Juuru_vallavalitsus, lk 23
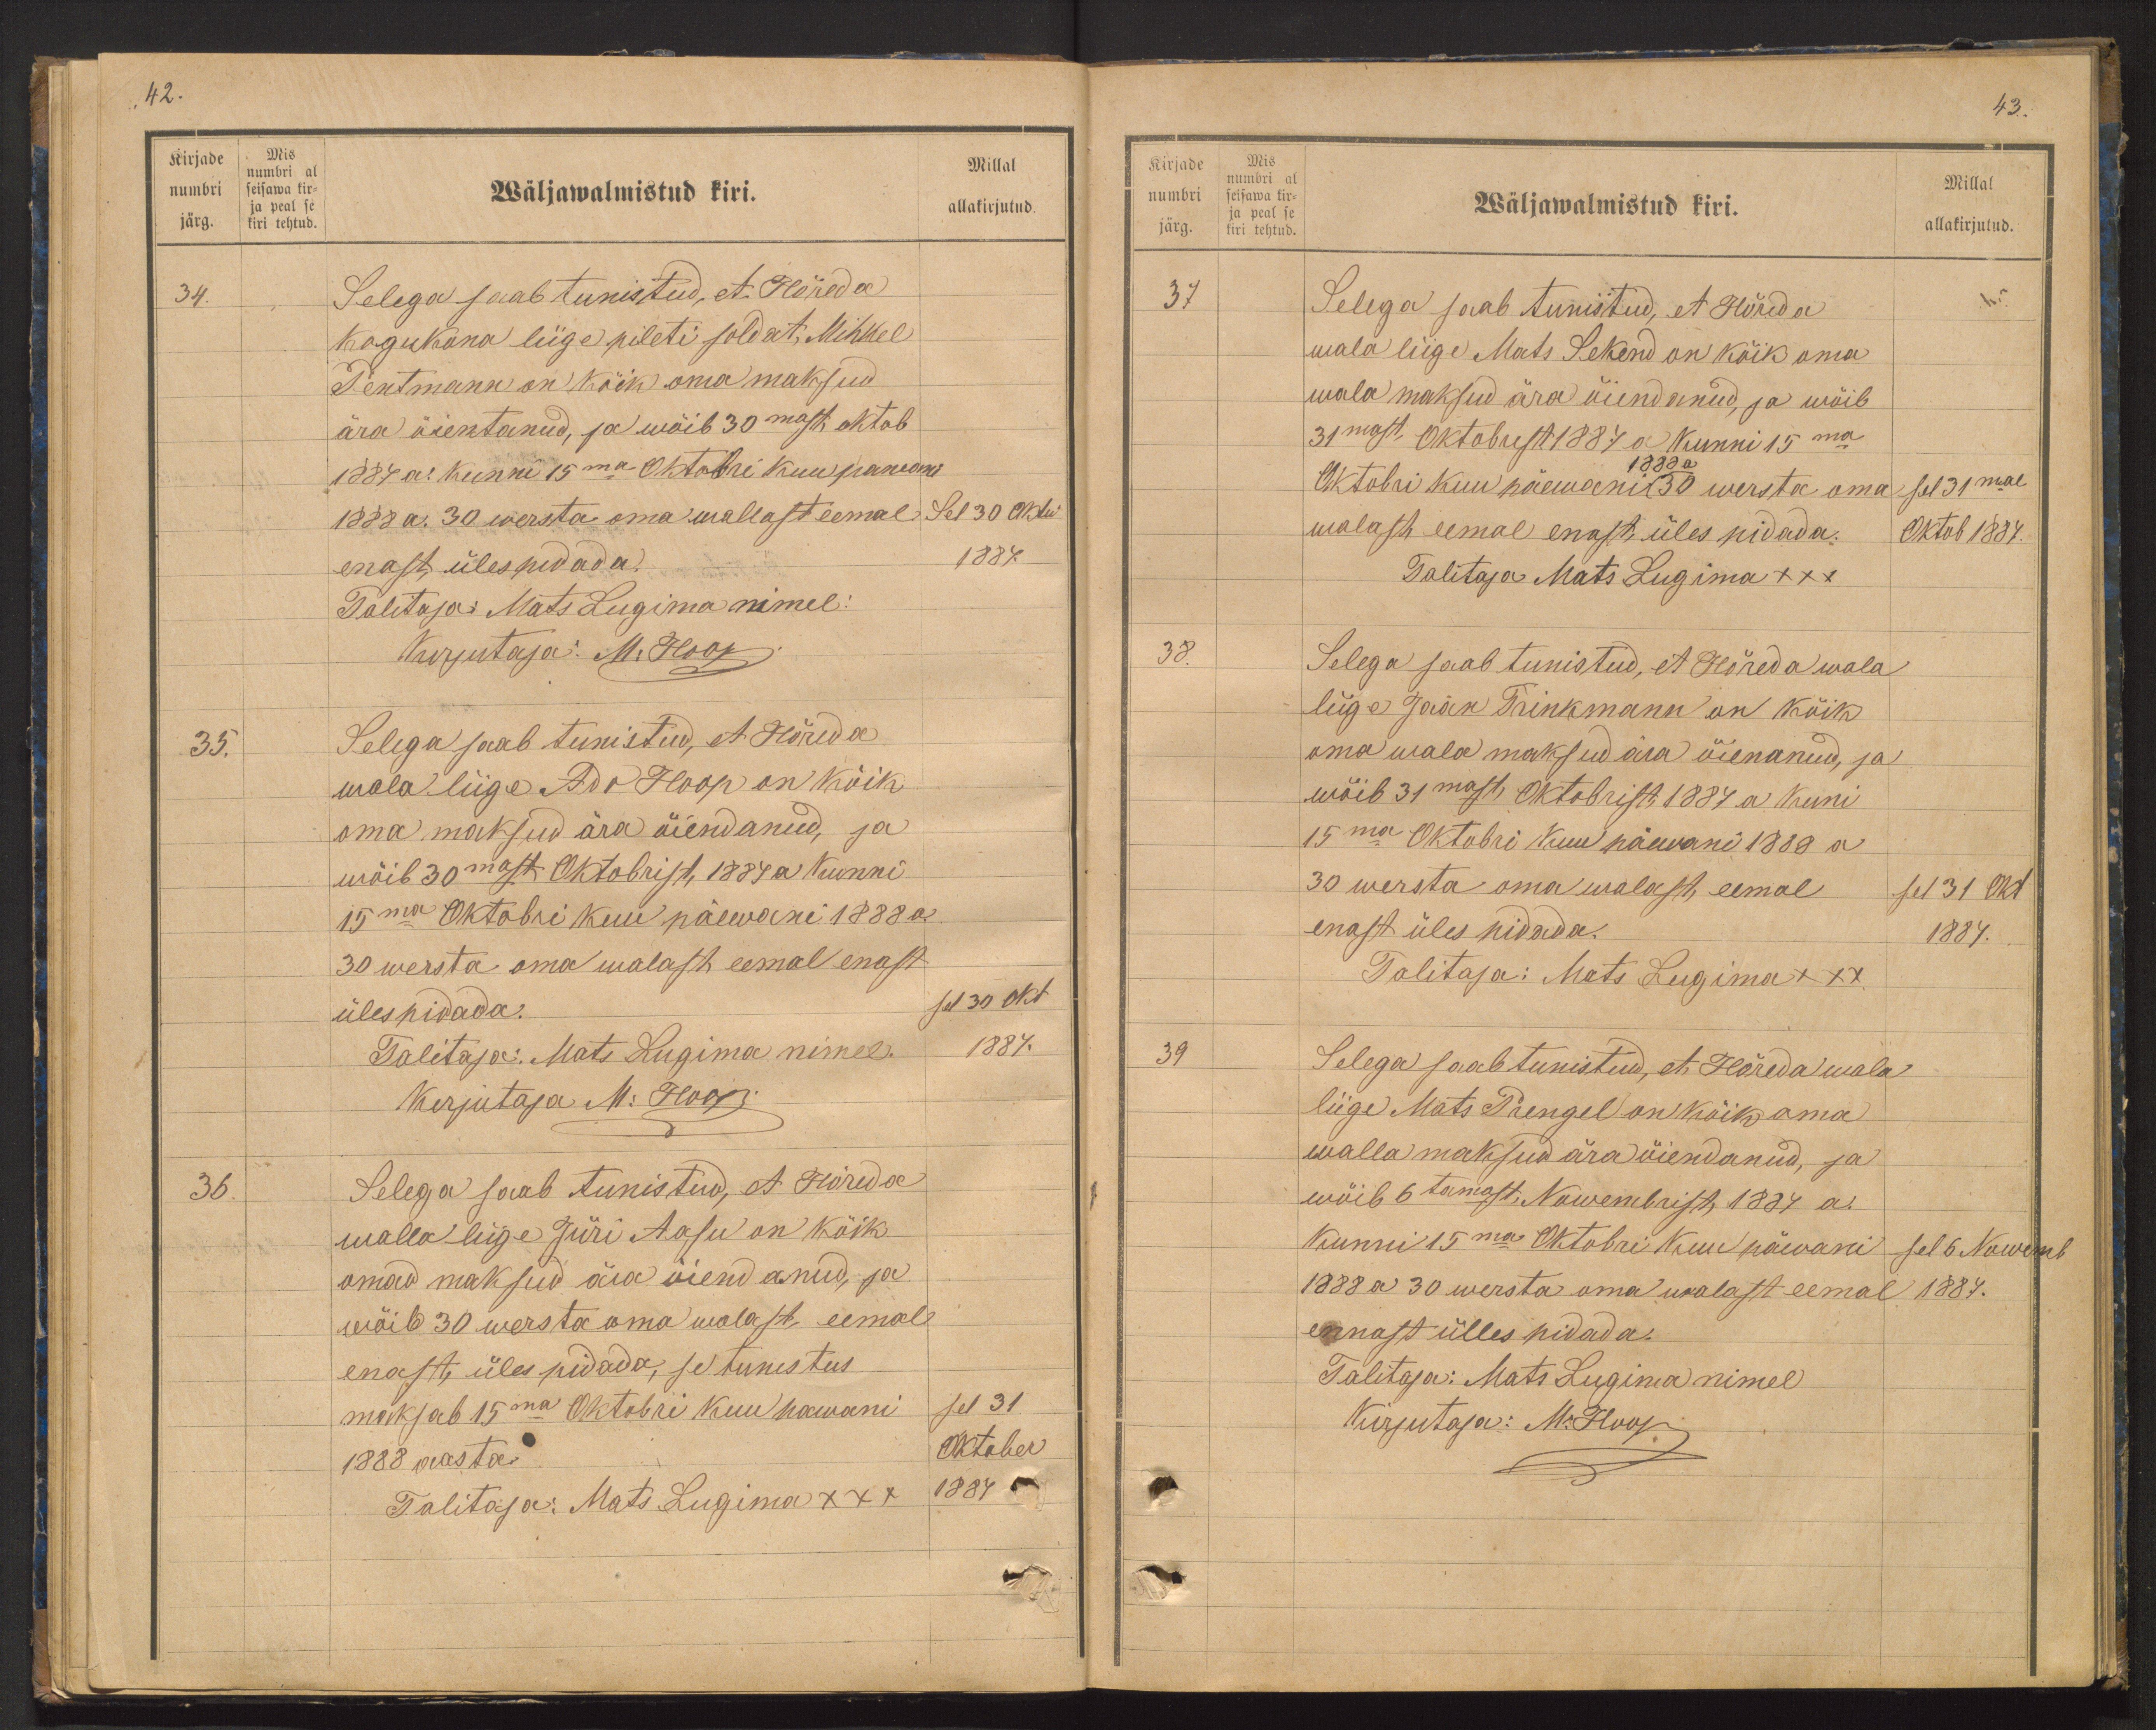
Kirjade
numbri
järg.
Mis
numbri al
seisawa kir-
ja peal se
kiri tehtud.

42.
Millal
Wäljawalmistud kiri.
allakirjutud.
34.
Selega saab tunistud, et Hõreda
Kogukona liige pileti soldat Mihkel
Pentmann on kõik oma maksud
ära õientanud, ja wõib 30mast oktob
1887 a. kunni 15ma Oktobri kuu pawani
1888 a. 30 wersta oma wallast eemal Sel 30 oktu
enast üles pidada.
1887
Talitaja: Mats Lugima nimel:
Kurjutaja: M. Hoop
35.
Selega saab tunistud, et Hõreda
wala liige Ado Hoop on kõik
oma maksud ära õiendanud, ja
wõib 30mast Oktobrist, 1887 a kunni
15ma Oktobri kuu päewani 1888 a.
30 wersta oma walast eemal enast
üles pidada.
sel 30 okt
Talitaja: Mats Lugima nimel.
1887.
Kirjutaja M. Hoop
36.
Selega saab tunistud, et Hõreda
walla liige Jüri Aasu on kõik
omad maksud ära õiendanud, ja
wõib 30 wersta oma walast eemale
enast, üles pidada, se tunistus
maksab 15ma Oktobri kuu pawani
sel 31
1888 aasta.
Oktober
Talitaja: Mats Lugima XXX
1887

Kirjade
numbri
järg.
Mis
numbri al
seisawa kir-
ja peals e
kiri tehtud.

43.
Wäljawalmistud kiri.
Millal
allakirjutud.
37
Selega saab tunistud, et Höreda
wala liige Mats Sekend on kõik oma
wala maksud ära õiendanud, ja wõib
31mast Oktobrest 1887 a kunni 15ma
Oktobri kuu päewni 30 wersta oma-
1888 a
sel 31mal
walast eemal enast üles pidada.
Oktob 1887.
Talitaja Mats Lugima XXX
38.
Selega saab tunistud, et Hõreda wala
liige Jaan Trinkmann on kõik
oma wala maksud ära õienanud, ja
wõib 31mast Oktobrist 1887 a kuni
15ma Oktobri kuu päewani 1888 a
30 wersta oma walast, eemal
sel 31 Okt
enast üles pidada.
1887.
Talitaja: Mats Lugima +++
39
Selega saab tunistud, et Hõreda wala
liige Mats Prengel on kõik oma
walla maksud ära õiendanud, ja
wõib 6tamast, Nowembrist 1887 a.
Kunni 15ma Oktobri kuu päewani
sel 6 Nowemb
1888 a 30 wersta oma walast eemal
1887.
ennast ülles pidada.
Talitaja: Mats Lugima nimel
Kirjutaja: M. Hoop